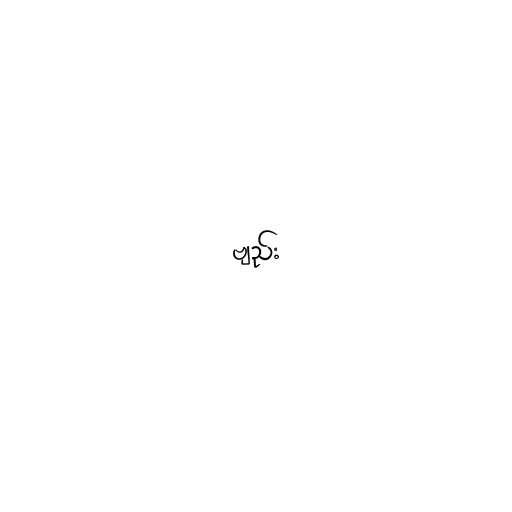
ဗျည်း